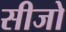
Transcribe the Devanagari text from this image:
सीजो